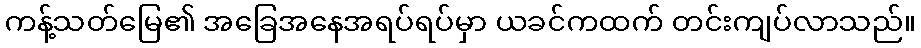
ကန့်သတ်မြေ၏ အခြေအနေအရပ်ရပ်မှာ ယခင်ကထက် တင်းကျပ်လာသည်။